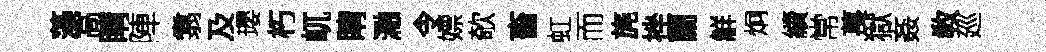
藻高睛陣翥及瓔朽屼睛瀜令嫖欹畜虹而旄挫蘭觧炯續常萇獄姦敎廵